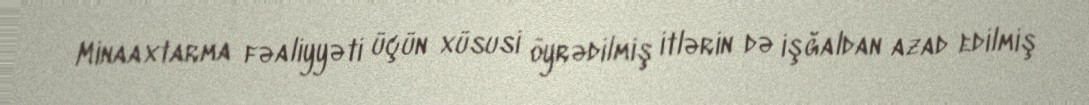
Minaaxtarma fəaliyyəti üçün xüsusi öyrədilmiş itlərin də işğaldan azad edilmiş